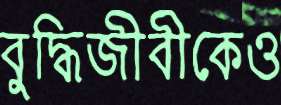
বুদ্ধিজীবীকেও